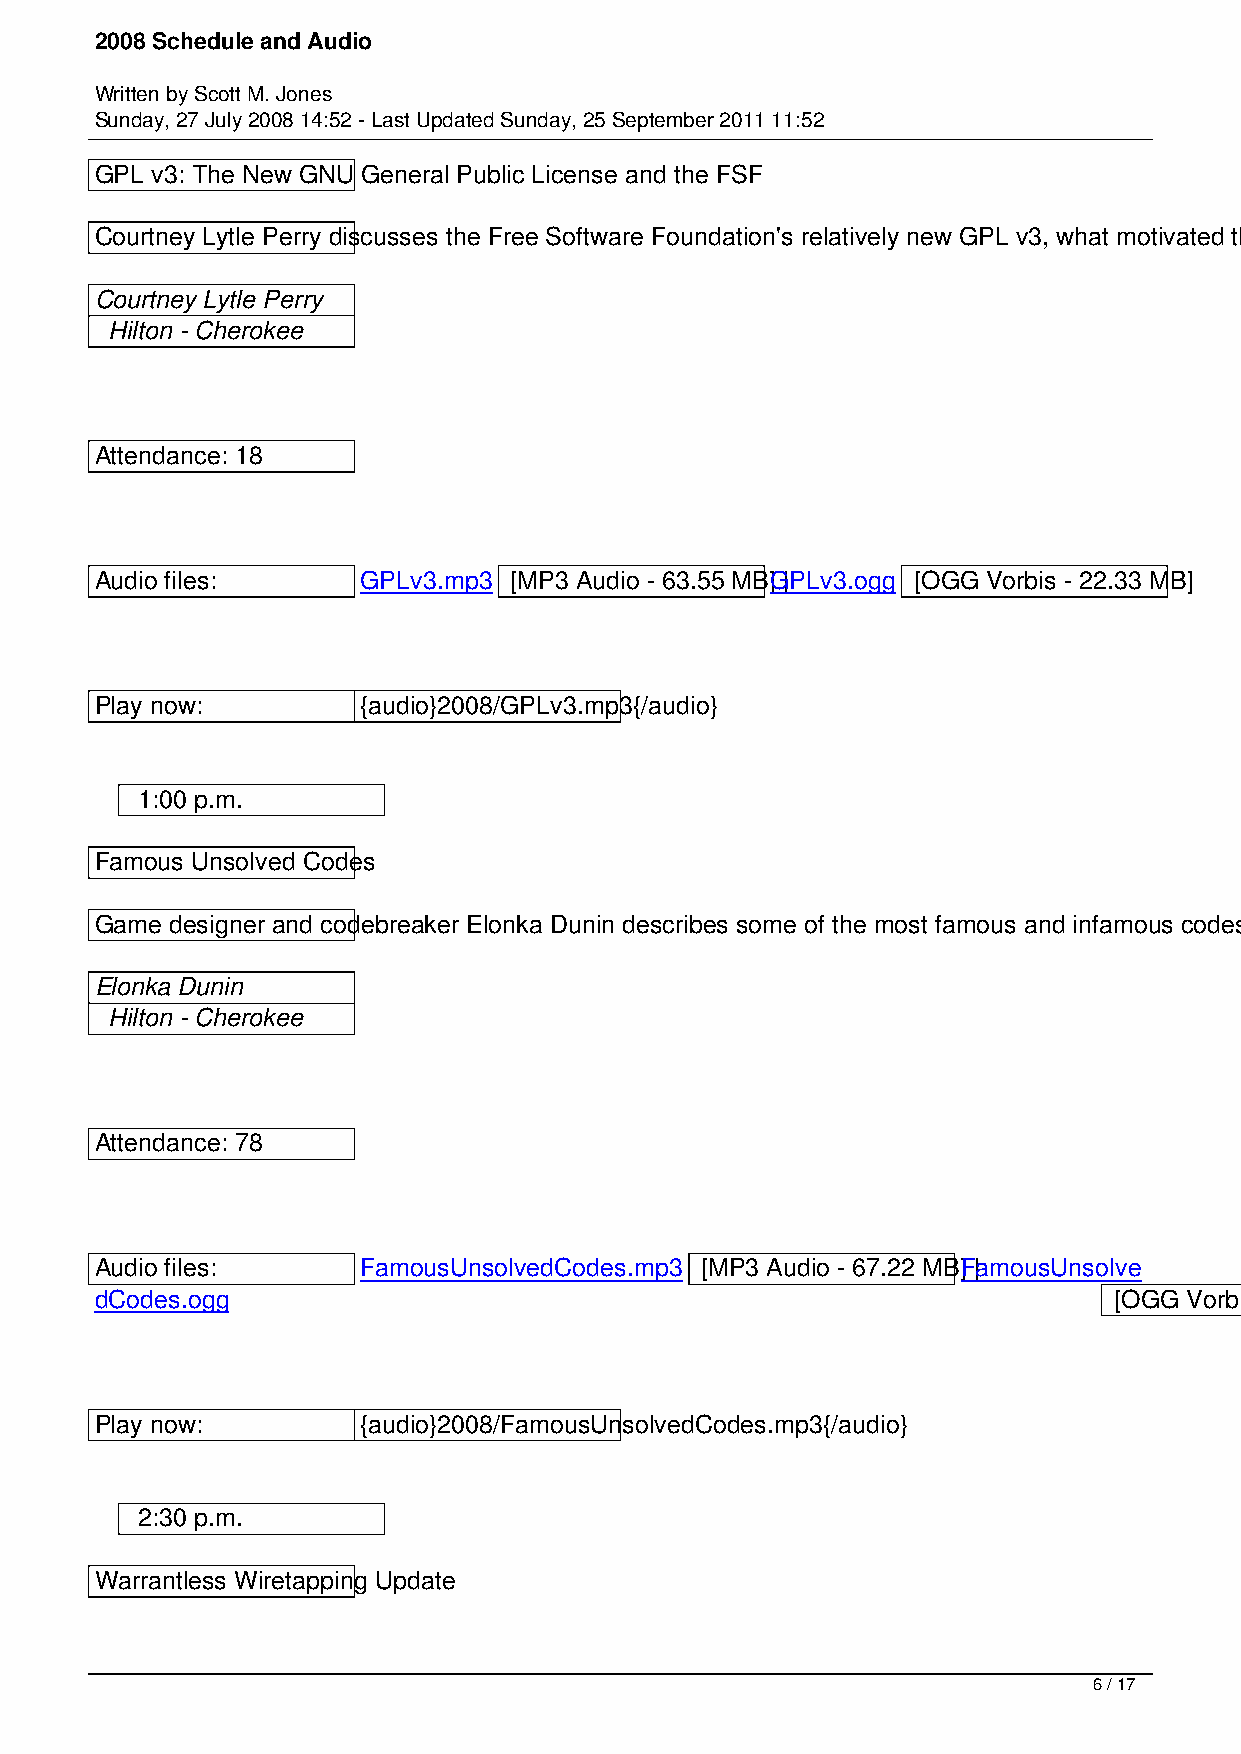
2008 Schedule and Audio
 Written by Scott M. Jones
 Sunday, 27 July 2008 14:52 - Last Updated Sunday, 25 September 2011 11:52
 GPL v3: The New GNU General Public License and the FSF
 Courtney Lytle Perry discusses the Free Software Foundation's relatively new GPL v3, what motivated the changes, and why it's controversial. She will also examine recent litigation by the Free Software Foundation and what they hope to accomplish.
 Courtney Lytle Perry
 Hilton - Cherokee
 Attendance: 18
 Audio files:      GPLv3.mp3 [MP3 Audio - 63.55 MB]G |P Lv3.ogg [OGG Vorbis - 22.33 MB]
 Play now:         {audio}2008/GPLv3.mp3{/audio}
 1:00 p.m.
 Famous Unsolved Codes
 Game designer and codebreaker Elonka Dunin describes some of the most famous and infamous codes yet to be broken, including the Kryptos sculpture at the CIA headquarters.
 Elonka Dunin
 Hilton - Cherokee
 Attendance: 78
 Audio files:      FamousUnsolvedCodes.mp3 [MP3 Audio - 67.22 MB]F |a mousUnsolve
 dCodes.ogg                                                          [OGG Vorbis - 23.71 MB]
 Play now:         {audio}2008/FamousUnsolvedCodes.mp3{/audio}
 2:30 p.m.
 Warrantless Wiretapping Update
 6 / 17